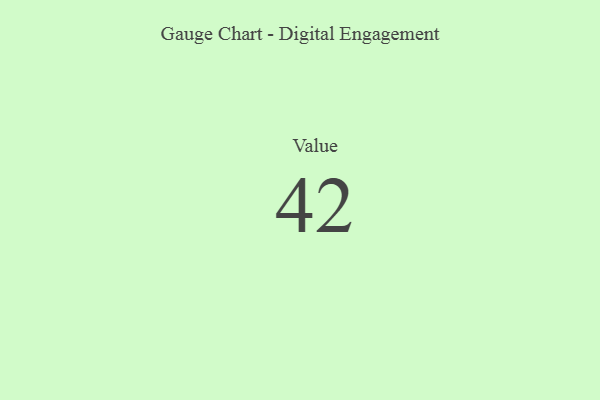
{"axis": {"x": "Metric", "y": "Value"}, "legend": [""], "data": [{"x": "Value", "y": 42, "type": ""}]}